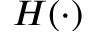
H ( \cdot )